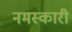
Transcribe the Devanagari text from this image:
नमस्कारी